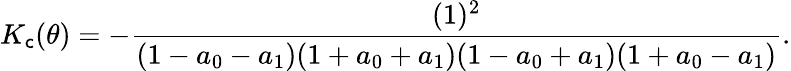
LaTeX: K_{\mathsf{c}}(\theta)=-\frac{{(1)^{2}}}{{(1-a_{0}-a_{1})(1+a_{0}+a_{1})(1-a_{0}+a_{1})(1+a_{0}-a_{1})}}.